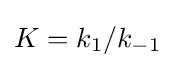
K=k_{1}/k_{-1}